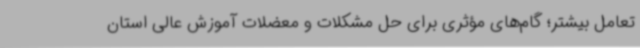
تعامل بیشتر؛ گام‌های مؤثری برای حل مشکلات و معضلات آموزش عالی استان